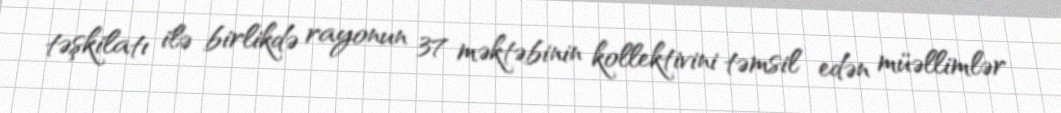
təşkilatı ilə birlikdə rayonun 37 məktəbinin kollektivini təmsil edən müəllimlər